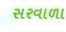
સરવાળા